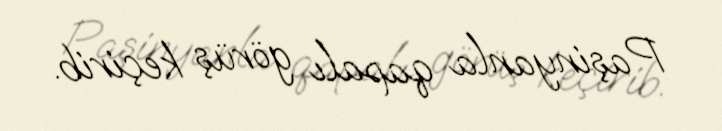
Paşinyanla qapalı görüş keçirib.